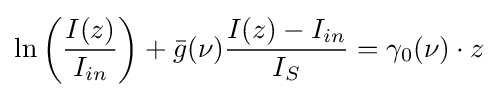
\ln \left({I(z) \over I_{in}}\right)+{\bar {g}}(\nu ){I(z)-I_{in} \over I_{S}}=\gamma _{0}(\nu )\cdot z